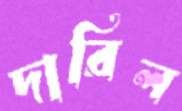
দারিল